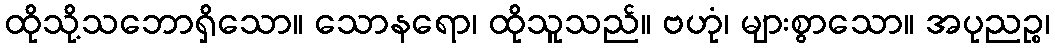
ထိုသို့သဘောရှိသော။ သောနရော၊ ထိုသူသည်။ ဗဟုံ၊ များစွာသော။ အပုညဉ္စ၊